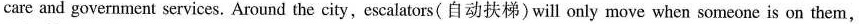
care and government services. Around the city, escalators(自动扶梯)will only move when someone is on them,